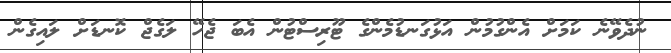
ނުދެވޭނެ ކަމަށް އެންގުމުން އަޅުގަނޑުމެންގެ ޓޫރިސްޓުން އެބަ ޖެހޭ ލަގެޖް ކޮނޑަށް ލައިގެން